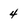
Character: 4